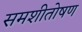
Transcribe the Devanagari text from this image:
समशीतोषण